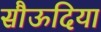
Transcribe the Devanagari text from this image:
सौऊदिया